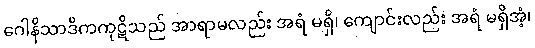
ဂေါနိသာဒိကကုဋိသည် အာရာမလည်း အရံ မရှိ၊ ကျောင်းလည်း အရံ မရှိအံ့၊